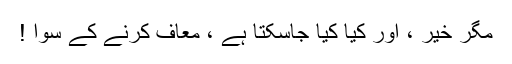
مگر خیر ، اور کیا کیا جاسکتا ہے ، معاف کرنے کے سوا !